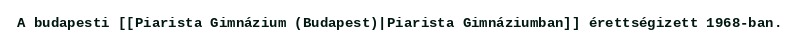
A budapesti [[Piarista Gimnázium (Budapest)|Piarista Gimnáziumban]] érettségizett 1968-ban.